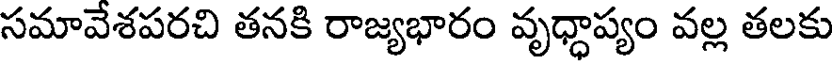
సమావేశపరచి తనకి రాజ్యభారం వృధ్ధాప్యం వల్ల తలకు